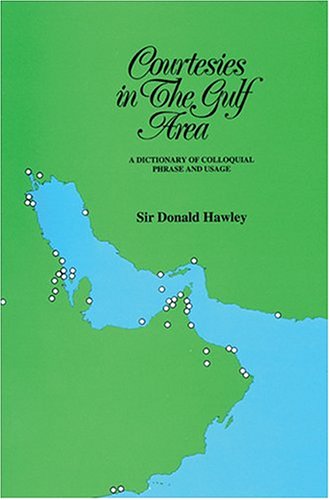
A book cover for Courtesies In The Gulf Area; Sir Donald HAWLEY; Travel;